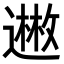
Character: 𬩊